Medical and sanitary report of the native army of Madras for the year
Year: 1875
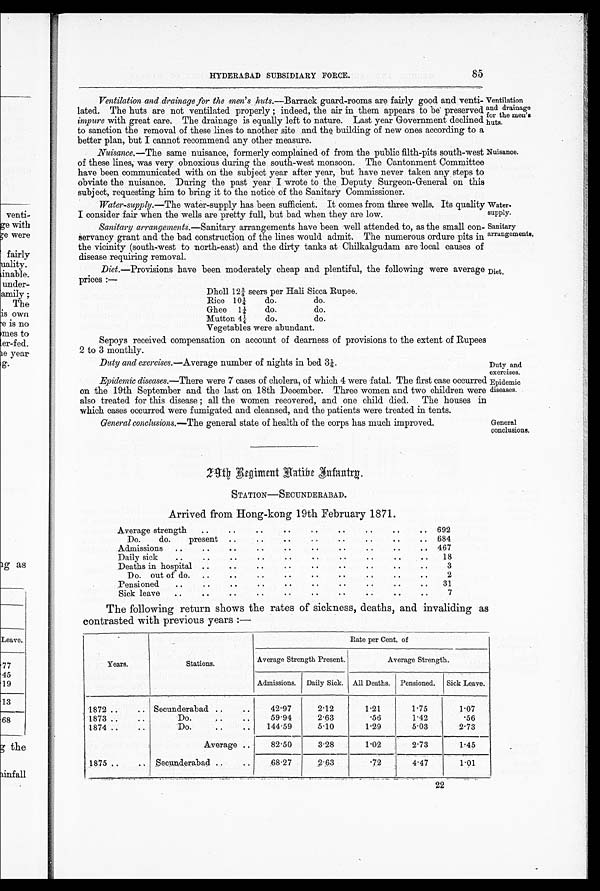
HYDERABAD SUBSIDIARY FORCE.
85
Ventilation and drainage for the men's huts.—Barrack guard-rooms are fairly good and venti-
lated. The huts are not ventilated properly; indeed, the air in them appears to be. preserved
impure with great care. The drainage is equally left to nature. Last year Government declined
to sanction the removal of these lines to another site and the building of new ones according to a
better plan. but I cannot recommend any other measure.
Ventilation
and drainage
for the men's
huts.
Nuisance.—The same nuisance, formerly complained of from the public filth-pits south-west Nuisance.
of these lines, was very obnoxious during the south-west monsoon. The Cantonment Committee
have been communicated with on the subject year after year, but have never taken any steps to
obviate the nuisance. During the past year I wrote to the Deputy Surgeon-General on this
subject, requesting him to bring it to the notice of the Sanitary Commissioner.
Water-supply.—The water-supply has been sufficient. It comes from three wells. Its quality
I consider fair when the wells are prett y full. but bad when they are low.
Water.
supply.
Sanitary
arrangements,
Sanitary arrangements.-.unitary arrangements have been well attended to, as the small con-
servancy grant and the bad construction of the lines would admit. The numerous ordure pits in
the vicinity (south-west to north-east) and the dirty tanks at Chilkalgudam are local causes of
disease requiring removal.
Diet.—Provisions have been moderately cheap and plentiful, the following were average
prices:—
Dholl 12¾ seers per Hali Sicca Rupee.
Rice 10¼
do.
do.
Ghee
1¼
do.
do.
Mutton 4¼
do.
do.
Vegetables were abundant.
Diet,
Sepoys received compensation on account of dearness of provisions to the extent of Rupees
2 to 3 monthly.
Duty and exercises.—Average number of nights in bed 3¼.
Duty and
exercises.
Epidemic diseases.—There were 7 cases of cholera, of which 4 were fatal. The first case occurred
on the 19th September and the last on 18th December. Three women and two children were
also treated for this disease; all the women recovered, and one child died. The houses in
which cases occurred were fumi gated and cleansed, and the patients were treated in tents.
Epidemic
diseases.
General
conclusions
General conclusions.—The general state of health of the corps has much improved,
29th
29th Regiment Natibe Infantry.
STATION—SECUNDERABAD.
Arrived from Hong-kong 19th February 1871.
..
..
Average strength
..
..
..
..
. . .. ..
692
. .
Do.
do.
present
..
..
..
..
..
..
.. 684
..
.
.
Admissions
..
..
..
..
. . .. .. . .
467
.
.
..
.
.
.
.
Daily sick
..
. . .. .. ..
18
..
..
..
..
Deaths in hospital ..
. . .. ..
3
Do.out of do.
...
. . .
. .
. .
2
..
. .
.
.
.
.
Pensioned
. . .. .. .. ..
31
..
..
. .
. .
Sick leave
..
..
..
..
..
..
'7
The following return shows the rates of sickness, deaths, and invaliding as
contrasted with previous years:—
Years.
Stations .
Rate per Cent. of
Average Strength Present.
Average Strength.
Admissions. Daily Sick. All Deaths. Pensioned.
Sick Leave.
1872 ..
..
1873 ..
..
1874 ..
..
Secunderabad ..
..
Do.
. . ..
Do.
..
..
42.97
59.94
144.59
2 . 12
2.63
5.10
1.21
.56
1.29
1.75
1.42
5.03
1.07
.56
2.73
Average ..
82.50
3.28
1.02
2.73
1.45
1875 . . ..
Secunderabad ..
..
68.27
2.63
.72
4.47
1.01
22